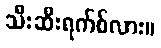
သီးဆီးရက်စ်လား။